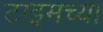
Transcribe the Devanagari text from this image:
टाइमच्या